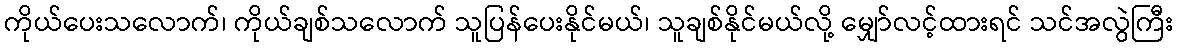
ကိုယ်ပေးသလောက်၊ ကိုယ်ချစ်သလောက် သူပြန်ပေးနိုင်မယ်၊ သူချစ်နိုင်မယ်လို့ မျှော်လင့်ထားရင် သင်အလွဲကြီး